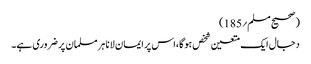
(صحیح مسلم؍185)
دجال ایک متعین شخص ہوگا،اس پر ایمان لانا ہر مسلمان پر ضروری ہے۔